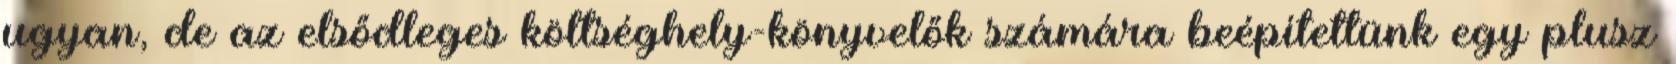
ugyan, de az elsődleges költséghely-könyvelők számára beépítettünk egy plusz